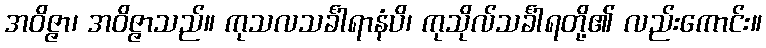
အဝိဇ္ဇာ၊ အဝိဇ္ဇာသည်။ ကုသလသင်္ခါရာနံပိ၊ ကုသိုလ်သင်္ခါရတို့၏ လည်းကောင်း။